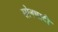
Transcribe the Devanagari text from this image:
सोनघाटी